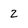
Character: 2